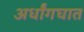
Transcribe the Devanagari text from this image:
अर्धांगघात